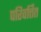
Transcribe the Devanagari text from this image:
परिवर्त्तित